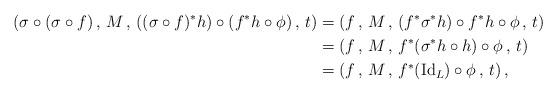
LaTeX: \begin{align*}\left(\sigma\circ(\sigma\circ f)\,,\, M\,,\, ((\sigma\circ f)^*h)\circ(f^*h\circ \phi)\,,\,t\right) &= \left(f\,,\,M\,,\,(f^*\sigma^*h)\circ f^*h\circ \phi\,,\, t\right) \\&= \left(f\,,\,M\,,\,f^*(\sigma^*h\circ h)\circ \phi\,,\,t\right) \\&= \left(f\,,\,M\,,\,f^*(\textnormal{Id}_L)\circ\phi\,,\,t\right), \,\,\,\end{align*}